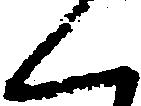
く